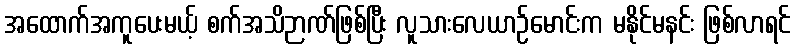
အထောက်အကူပေးမယ့် စက်အသိဉာဏ်ဖြစ်ပြီး လူသားလေယာဉ်မောင်းက မနိုင်မနင်း ဖြစ်လာရင်